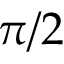
\pi / 2